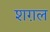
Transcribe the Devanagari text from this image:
शग़ल